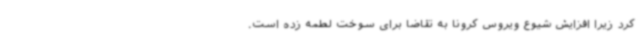
کرد زیرا افزایش شیوع ویروس کرونا به تقاضا برای سوخت لطمه زده است.